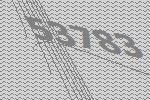
53783